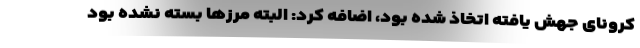
کرونای جهش یافته اتخاذ شده بود، اضافه کرد: البته مرزها بسته نشده بود